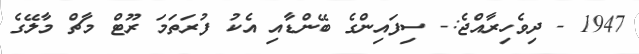
1947 - ދިވެހިރާއްޖެ:- ސިފައިންގެ ބޭންޑާއި އެކު ފުރަތަމަ ރޫޓް މާޗް މާލޭގެ